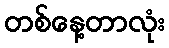
တစ်နေ့တာလုံး